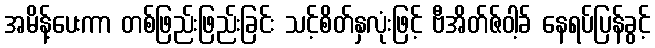
အမိန့်ပေးကာ တစ်ဖြည်းဖြည်းခြင်း သင့်စိတ်နှလုံးဖြင့် ဗီအိတ်ဇ်ဝါ့ခ် နေရပ်ပြန်ခွင့်